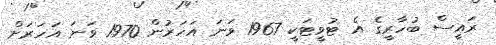
ރައީސް ބުހާރީގެ އެ ޓުވީޓަކީ 1967 ވަނަ އަހަރުން 1970 ވަނަ އަހަރަށް